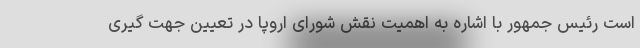
است رئیس جمهور با اشاره به اهمیت نقش شورای اروپا در تعیین جهت گیری